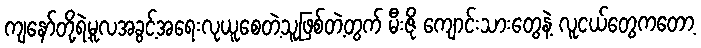
ကျနော်တို့ရဲ့မူလအခွင့်အရေးလုယူစေတဲ့သူဖြစ်တဲ့တွက် မီးဇို ကျောင်းသားတွေနဲ့ လူငယ်တွေကတော့